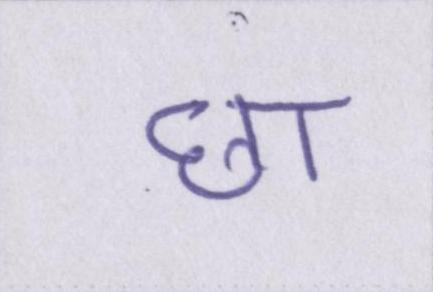
छा